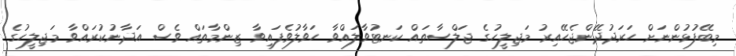
މިބޭފުޅުންނަށް ހަރަދުދޭންޖެހޭއިރު މަޖިލީހުގެ ޖަލްސާތައް ކަނޓުވާލައްވާ ހަވާލުވެފައިވާ ޒިންމާތައް ވެސް އަދާނުކުރައްވާ މަޖިލީހުގެ